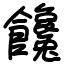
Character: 饞